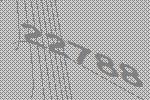
22788